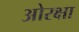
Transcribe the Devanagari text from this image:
ओरक्षा